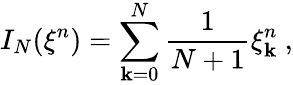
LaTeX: I_{N}({\xi}^{n})=\sum_{\mathbf{k}=0}^{N}\frac{{1}}{{N+1}}{\xi}_{\mathbf{k}}^{n}\ ,